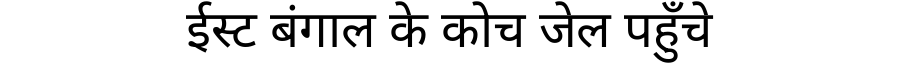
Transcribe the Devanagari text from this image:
ईस्ट बंगाल के कोच जेल पहुँचे